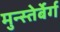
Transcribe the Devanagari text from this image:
मुन्स्तेर्बेर्ग